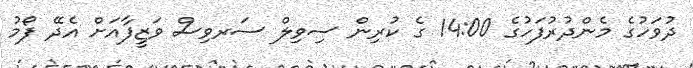
ދުވަހުގެ މެންދުރުފަހުގެ 14:00 ގެ ކުރިން ސިވިލް ސަރވިސް ވަޒީފާއަށް އެދޭ ފޯމު